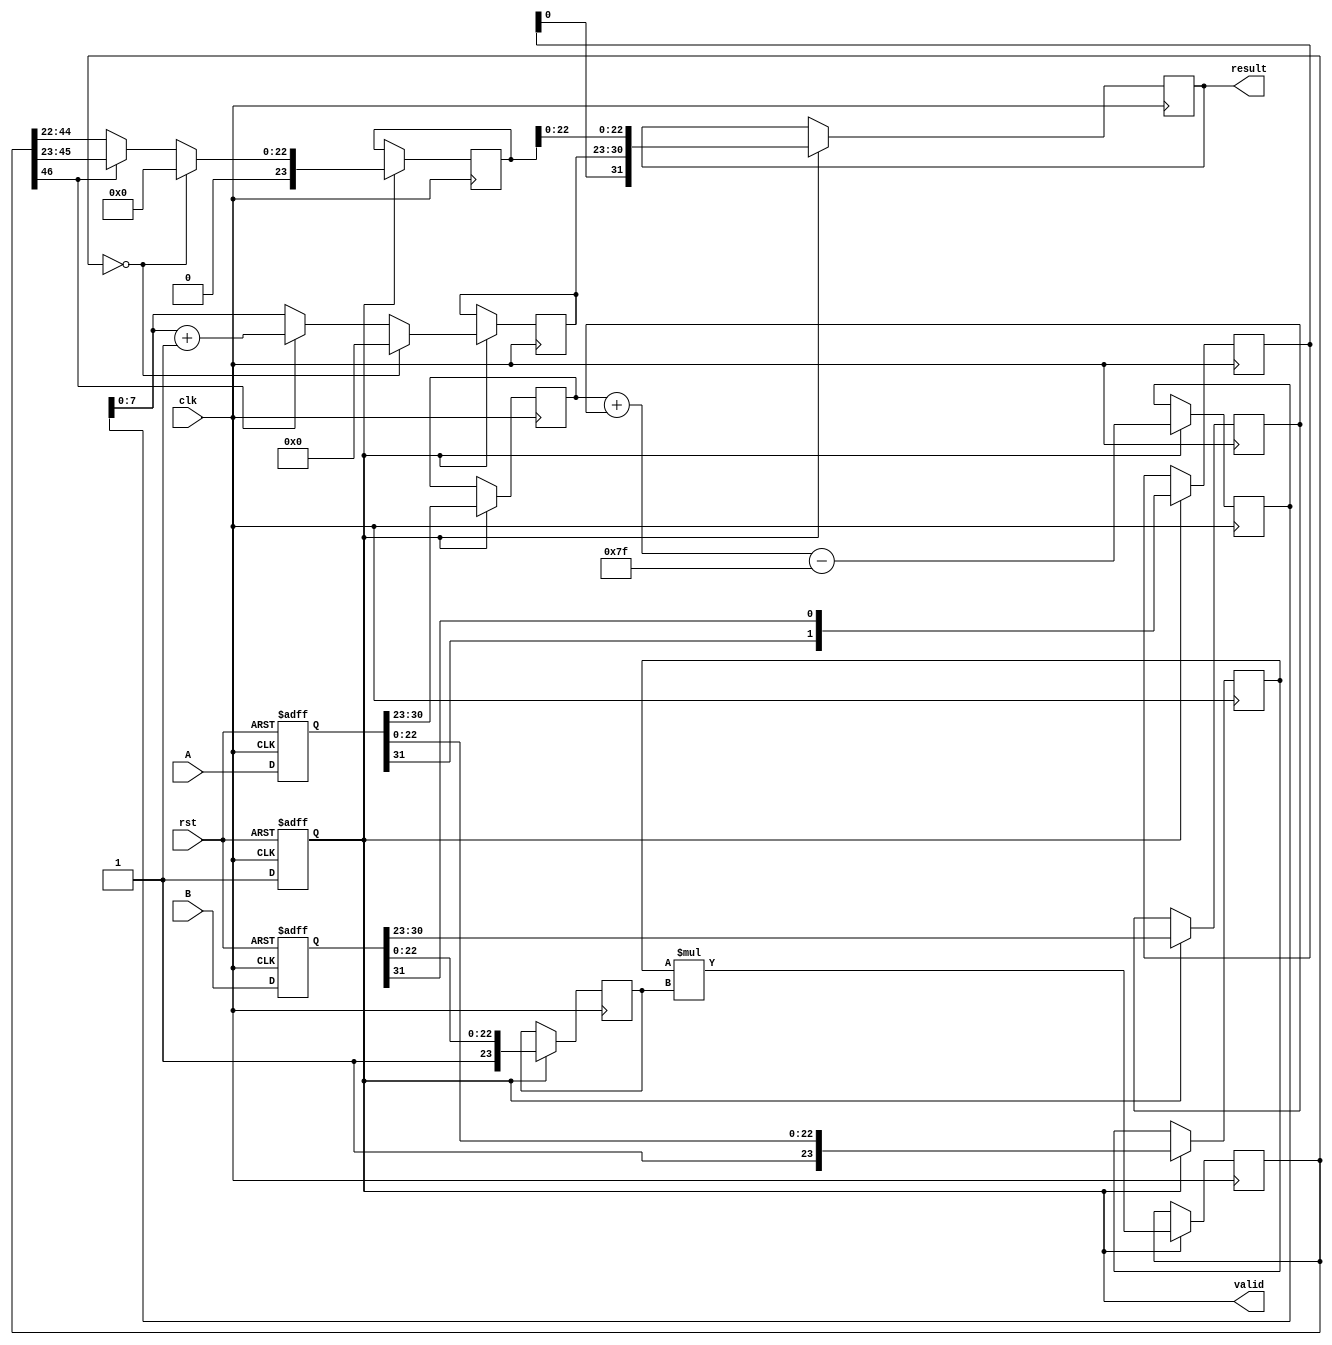
module floating_point_multiplier (
    input clk,
    input rst,
    input [31:0] A,  // Input A (32 bits for single precision)
    input [31:0] B,  // Input B (32 bits for single precision)
    output reg [31:0] result, // Output result (32 bits for single precision)
    output reg valid // Output valid signal
);

    // Pipeline registers
    reg [31:0] A_reg, B_reg;
    reg [1:0] sign;
    reg [8:0] exp_sum; // 8 bits for exponent + 1 for overflow
    reg [46:0] mantissa_product; // 46 bits for mantissa product
    reg [23:0] mantissa_A, mantissa_B;
    reg [7:0] exponent_A, exponent_B;
    reg [7:0] exponent_result;
    reg [23:0] mantissa_result;
    reg normalized;

    // Constants
    localparam BIAS = 8'd127;

    // Stage 1: Input Registration and Decomposition
    always @(posedge clk or posedge rst) begin
        if (rst) begin
            A_reg <= 32'b0;
            B_reg <= 32'b0;
            valid <= 1'b0;
        end else begin
            A_reg <= A;
            B_reg <= B;
            valid <= 1'b1;
        end
    end

    // Stage 2: Decompose inputs and multiply mantissas
    always @(posedge clk) begin
        if (valid) begin
            sign <= {A_reg[31], B_reg[31]};
            exponent_A <= A_reg[30:23];
            exponent_B <= B_reg[30:23];
            mantissa_A <= {1'b1, A_reg[22:0]}; // Implicit leading 1
            mantissa_B <= {1'b1, B_reg[22:0]}; // Implicit leading 1
            mantissa_product <= mantissa_A * mantissa_B; // Multiply mantissas
        end
    end

    // Stage 3: Exponent Calculation and Normalization
    always @(posedge clk) begin
        if (valid) begin
            exp_sum <= exponent_A + exponent_B - BIAS;
            if (mantissa_product[46]) begin // Check for overflow
                mantissa_result <= mantissa_product[45:23]; // Normalize by shifting right
                exponent_result <= exp_sum + 1;
            end else begin
                mantissa_result <= mantissa_product[44:22]; // Normalized mantissa
                exponent_result <= exp_sum;
            end
            
            // Handle zero mantissa
            if (mantissa_product == 0) begin
                exponent_result <= 8'b0;
                mantissa_result <= 24'b0;
            end
        end
    end

    // Stage 4: Output Registration
    always @(posedge clk) begin
        if (valid) begin
            result <= {sign, exponent_result, mantissa_result[22:0]};
        end
    end

endmodule